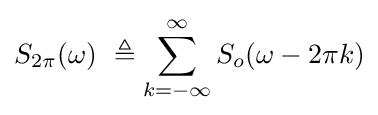
S_{2\pi }(\omega )\ \triangleq \sum _{k=-\infty }^{\infty }S_{o}(\omega -2\pi k)